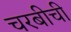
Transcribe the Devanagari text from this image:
चरबीची